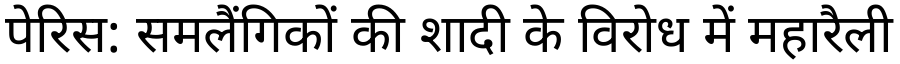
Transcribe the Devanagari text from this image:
पेरिस: समलैंगिकों की शादी के विरोध में महारैली